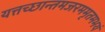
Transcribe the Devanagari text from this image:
यत्तच्छान्तमजरममृतमभयं